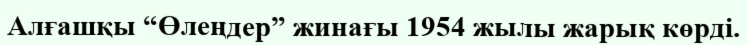
Алғашқы “Өлеңдер” жинағы 1954 жылы жарық көрді.